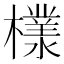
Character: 𣞧